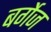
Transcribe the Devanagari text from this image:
बर्गेज